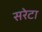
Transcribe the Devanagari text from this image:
सरेटा